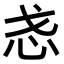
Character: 𫹳